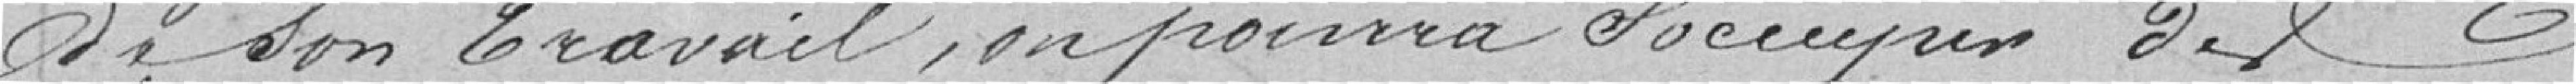
de son travail, ou pourra s'occuper des